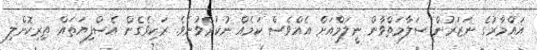
އައްމާރުގެ ނަޒަރުން ސަލާމަތްވާން ނީލަމްއަށް އެއްވެސް ކަމެއް ނުކުރެވުނެވެ. ރަކިވެގެން އެސްފިޔަތައް ތިރިކޮށްލި